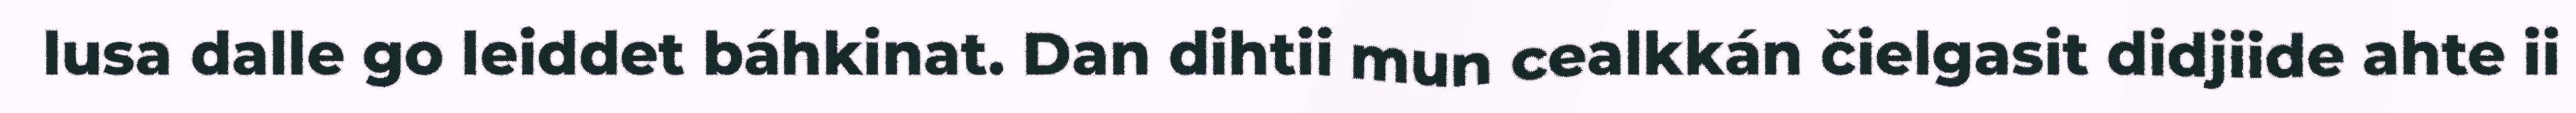
lusa dalle go leiddet báhkinat. Dan dihtii mun cealkkán čielgasit didjiide ahte ii